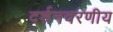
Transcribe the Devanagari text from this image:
दर्शनवरणीय